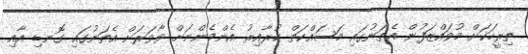
ތިރީހަކަށް މުވައްޒަފުން އެތަނުގައި މަސައްކަތް ކުރާއިރު އެންމެންނަށް ވާވަރަށް އެތަނުގައި ގޮނޑި އާއި